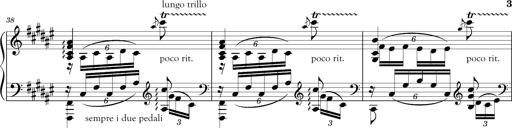
Title: Schlummerlied mit Arabesken
Composer: Franz Liszt
Key: F-sharp major